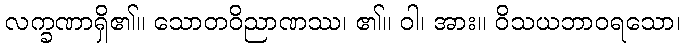
လက္ခဏာရှိ၏။ သောတဝိညာဏဿ၊ ၏။ ဝါ၊ အား။ ဝိသယဘာဝရသော၊